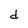
Character: d